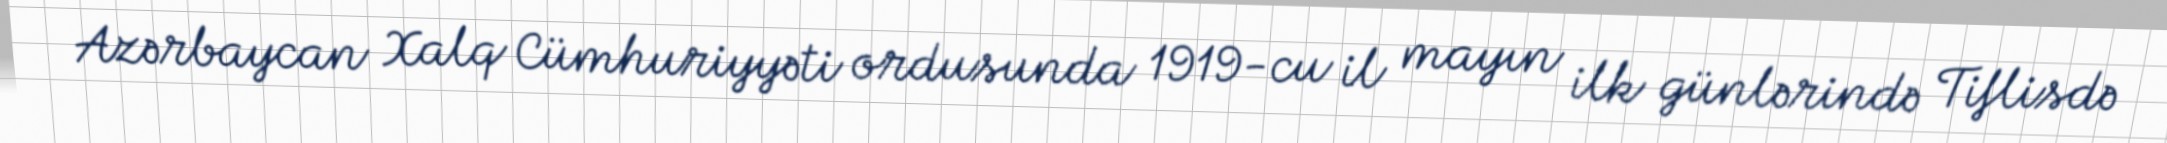
Azərbaycan Xalq Cümhuriyyəti ordusunda 1919-cu il mayın ilk günlərində Tiflisdə